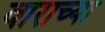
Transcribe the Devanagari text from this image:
बाराच्या